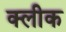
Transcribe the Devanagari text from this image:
क्लीक